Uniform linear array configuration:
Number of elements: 48
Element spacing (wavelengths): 0.25
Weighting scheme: blackman
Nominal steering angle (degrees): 60
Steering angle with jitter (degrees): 61.566
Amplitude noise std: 0.05
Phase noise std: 0.05

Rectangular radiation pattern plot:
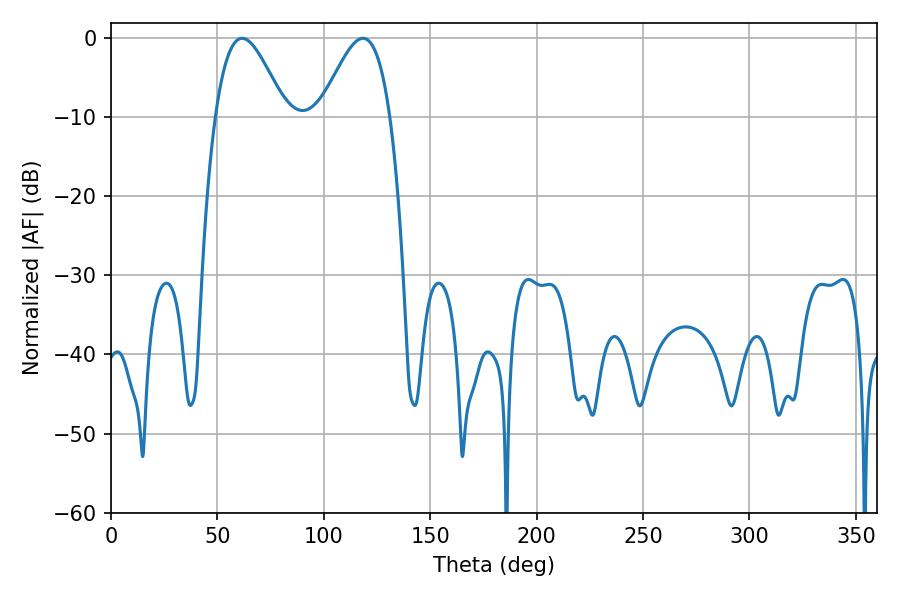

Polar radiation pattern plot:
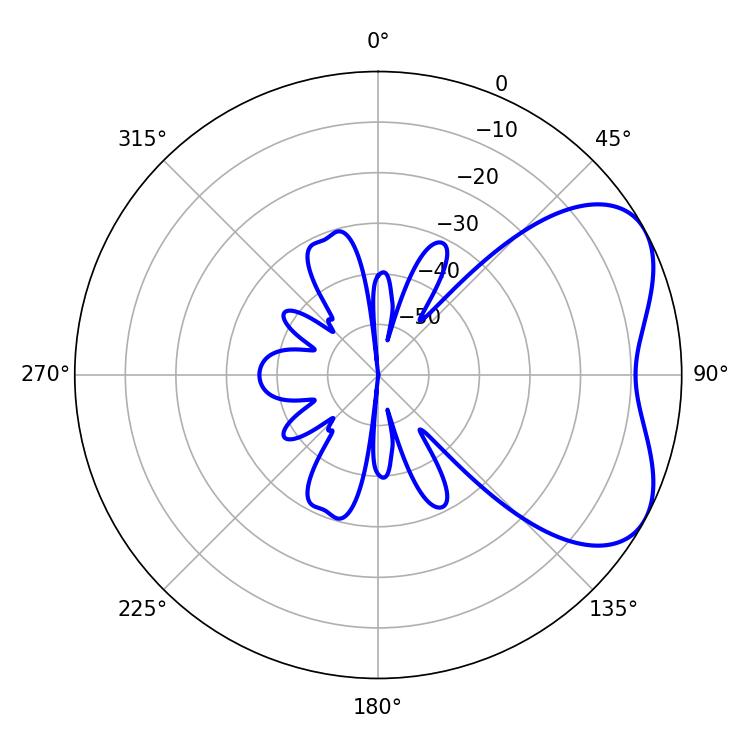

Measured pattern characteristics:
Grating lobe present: FALSE
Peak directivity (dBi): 5.038
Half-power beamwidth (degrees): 17.64
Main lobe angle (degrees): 61.56